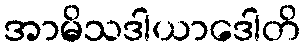
အာမိသဒါယာဒေါတိ